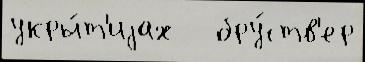
укры́т'иjах   бру́ств'ер